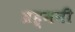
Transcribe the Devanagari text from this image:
ब्रह्मनी